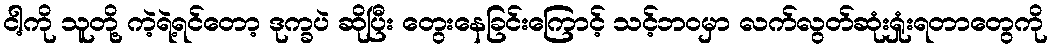
ငါ့ကို သူတို့ ကဲ့ရဲ့ရင်တော့ ဒုက္ခပဲ ဆိုပြီး တွေးနေခြင်းကြောင့် သင့်ဘဝမှာ လက်လွတ်ဆုံးရှုံးရတာတွေကို